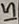
Text: 15